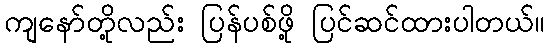
ကျနော်တို့လည်း ပြန်ပစ်ဖို့ ပြင်ဆင်ထားပါတယ်။